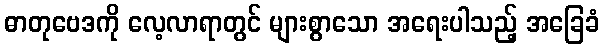
ဓာတုဗေဒကို လေ့လာရာတွင် များစွာသော အရေးပါသည့် အခြေခံ